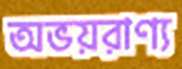
অভয়রাণ্য